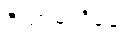
ပီယာမသိချေ။